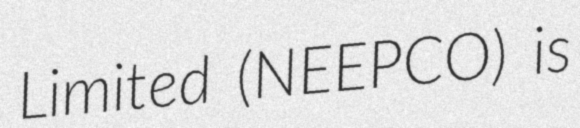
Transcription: Limited (NEEPCO) is